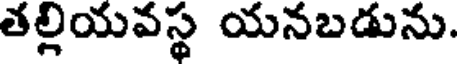
తల్లియవస్థ యనబడును.